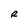
Character: R